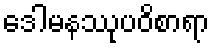
ဒေါမနဿုပဝိစာရာ